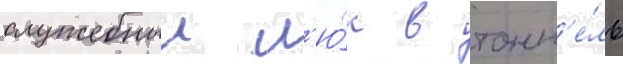
служебныи л'ю́к в тонн'е́ль